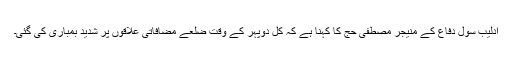
ادلیب سول دفاع کے منیجر مصطفیٰ حج کا کہنا ہے کہ کل دوپہر کے وقت ضلعے مضافاتی علاقوں پر شدید بمباری کی گئی۔